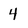
Character: 4